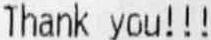
THANK YOU!!!